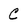
Character: C